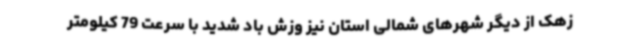
زهک از دیگر شهرهای شمالی استان نیز وزش باد شدید با سرعت 79 کیلومتر